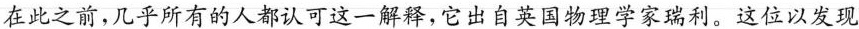
在此之前，几乎所有的人都认可这一解释，它出自英国物理学家瑞利。这位以发现